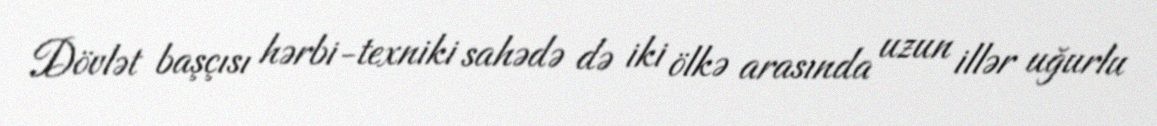
Dövlət başçısı hərbi-texniki sahədə də iki ölkə arasında uzun illər uğurlu